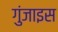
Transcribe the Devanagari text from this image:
गुंजाइस